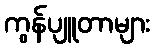
ကွန်ပျူတာများ